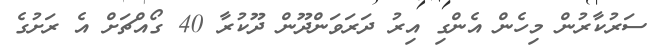
ސަރުކާރުން މިހެން އެންގި އިރުު ދަރަވަންދޫން ދޫކުރާ 40 ގޯއްޗަށް އެ ރަށުގެ